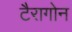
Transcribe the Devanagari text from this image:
टैरागोन